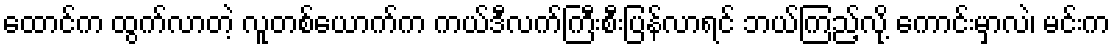
ထောင်က ထွက်လာတဲ့ လူတစ်ယောက်က ကယ်ဒီလက်ကြီးစီးပြန်လာရင် ဘယ်ကြည့်လို့ ကောင်းမှာလဲ၊ မင်းက